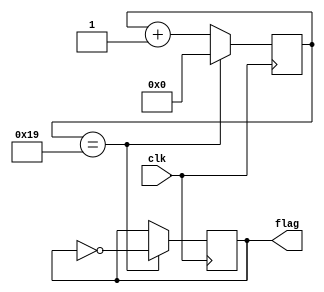
/*********************** 
* Name:
*	Decodificador.v
* Description:
* Clock divider circuit
* From 50 MHz to 1 MHz with %50 duty cycle
* Inputs:
*	clk: Input Clock 50000000  
* Outputs:
*  flag: Clk out with 50% duty cycle
* Version:  
*	1.0
* Author: 
*	Ivan Martinez Flores & Jorge Araiza Martinez 
* Fecha: 
*	18/09/2018
***********************/
module Divisor
(
	// Input Ports
	input clk,
	// Output Ports
	output reg flag
);
	// Parameter Declarations
	parameter Frequency = 1_000_000;
	parameter Reference_Colcck = 50_000_000;
	parameter max = Reference_Colcck/(2*Frequency);
	
	reg [22:0] count;
	initial begin
	count = 0;
	flag= 0;
	end

	always@(posedge clk) begin
		if(count == (max)) begin
			flag = ~flag;
			count = 0;
	end
	else begin
		count = count +1;
	end
	end
endmodule